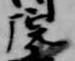
院